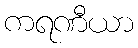
ကရဏီယာ